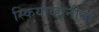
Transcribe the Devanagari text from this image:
स्कियाव्होनीना